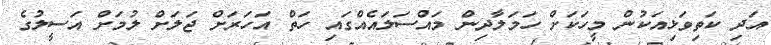
އަދި ކަތިވަޅިއަކުން މީހަކަށް ހަމަލާދިން މައްސަލައެއްގައި ހަތް އަހަރަށް ޖަލަށް ލުމަށް އަސީލުގެ